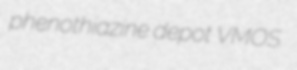
phenothiazine depot VMOS